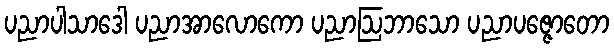
ပညာပါသာဒေါ ပညာအာလောကော ပညာဩဘာသော ပညာပဇ္ဇောတော